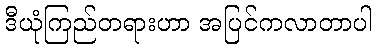
ဒီယုံကြည်တရားဟာ အပြင်ကလာတာပါ